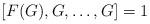
LaTeX: \begin{align*}[F(G), G, \dots , G]=1\end{align*}